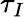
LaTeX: \tau_{I}